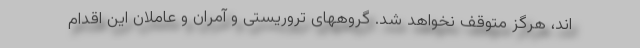
اند، هرگز متوقف نخواهد شد. گروههای تروریستی و آمران و عاملان این اقدام